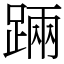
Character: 䠃